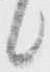
候